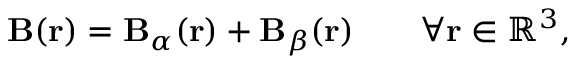
\mathbf { B } ( \mathbf { r } ) = \mathbf { B } _ { \alpha } ( \mathbf { r } ) + \mathbf { B } _ { \beta } ( \mathbf { r } ) \qquad \forall \mathbf { r } \in \mathbb { R } ^ { 3 } ,